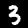
Digit: 3